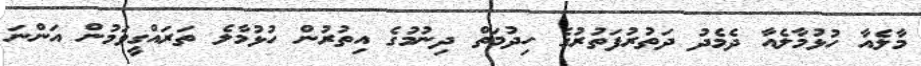
މާލެއާ ހުޅުމާލެއާ ދެމެދު ދަތުރުފަތުރުގެ ހިދުމަތް ދިނުމުގެ އިތުރުން ހުޅުމާލެ ތަރައްގީވަމުން އަންނަ